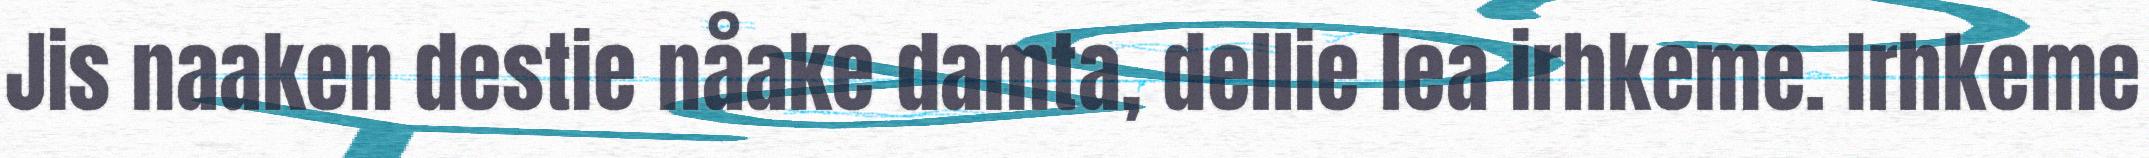
Jis naaken destie nåake damta, dellie lea irhkeme. Irhkeme